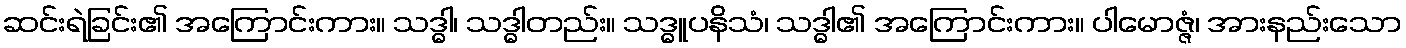
ဆင်းရဲခြင်း၏ အကြောင်းကား။ သဒ္ဓါ၊ သဒ္ဓါတည်း။ သဒ္ဓူပနိသံ၊ သဒ္ဓါ၏ အကြောင်းကား။ ပါမောဇ္ဇံ၊ အားနည်းသော